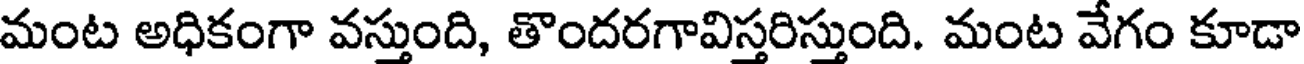
మంట అధికంగా వస్తుంది, తొందరగావిస్తరిస్తుంది. మంట వేగం కూడా